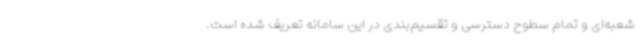
شعبه‌ای و تمام سطوح دسترسی و تقسیم‌بندی در این سامانه تعریف شده است.